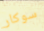
سوكار